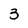
Character: 3